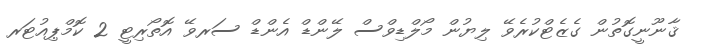
ޤާނޫނީގޮތުން ގެޒެޓްކުރެވޭ ލިޔުން މޯލްޑިވްސް ލޭންޑް އެންޑް ސަރވޭ އޮތޯރިޓީ 2 ކޮމްޕިއުޓަރ